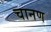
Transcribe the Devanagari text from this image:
चानण